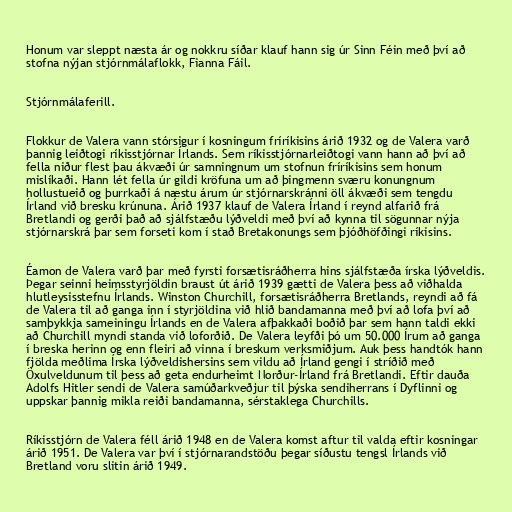
Honum var sleppt næsta ár og nokkru síðar klauf hann sig úr Sinn Féin með því að
stofna nýjan stjórnmálaflokk, Fianna Fáil.

Stjórnmálaferill.

Flokkur de Valera vann stórsigur í kosningum fríríkisins árið 1932 og de Valera varð
þannig leiðtogi ríkisstjórnar Írlands. Sem ríkisstjórnarleiðtogi vann hann að því að
fella niður flest þau ákvæði úr samningnum um stofnun fríríkisins sem honum
mislíkaði. Hann lét fella úr gildi kröfuna um að þingmenn sværu konungnum
hollustueið og þurrkaði á næstu árum úr stjórnarskránni öll ákvæði sem tengdu
Írland við bresku krúnuna. Árið 1937 klauf de Valera Írland í reynd alfarið frá
Bretlandi og gerði það að sjálfstæðu lýðveldi með því að kynna til sögunnar nýja
stjórnarskrá þar sem forseti kom í stað Bretakonungs sem þjóðhöfðingi ríkisins.

Éamon de Valera varð þar með fyrsti forsætisráðherra hins sjálfstæða írska lýðveldis.
Þegar seinni heimsstyrjöldin braust út árið 1939 gætti de Valera þess að viðhalda
hlutleysisstefnu Írlands. Winston Churchill, forsætisráðherra Bretlands, reyndi að fá
de Valera til að ganga inn í styrjöldina við hlið bandamanna með því að lofa því að
samþykkja sameiningu Írlands en de Valera afþakkaði boðið þar sem hann taldi ekki
að Churchill myndi standa við loforðið. De Valera leyfði þó um 50.000 Írum að ganga
í breska herinn og enn fleiri að vinna í breskum verksmiðjum. Auk þess handtók hann
fjölda meðlima Írska lýðveldishersins sem vildu að Írland gengi í stríðið með
Öxulveldunum til þess að geta endurheimt Norður-Írland frá Bretlandi. Eftir dauða
Adolfs Hitler sendi de Valera samúðarkveðjur til þýska sendiherrans í Dyflinni og
uppskar þannig mikla reiði bandamanna, sérstaklega Churchills.

Ríkisstjórn de Valera féll árið 1948 en de Valera komst aftur til valda eftir kosningar
árið 1951. De Valera var því í stjórnarandstöðu þegar síðustu tengsl Írlands við
Bretland voru slitin árið 1949.